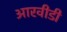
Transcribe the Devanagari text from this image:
आरवीडी